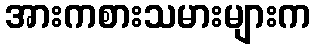
အားကစားသမားများက